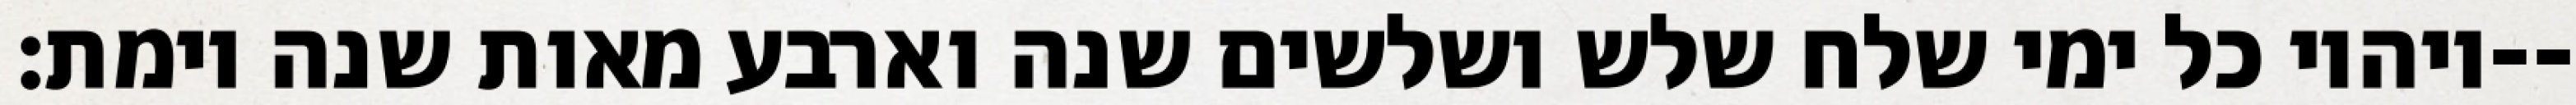
ויהיו כל ימי שלח שלש ושלשים שנה וארבע מאות שנה וימת׃--